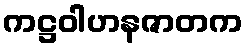
ကဋ္ဌဝါဟနဇာတက